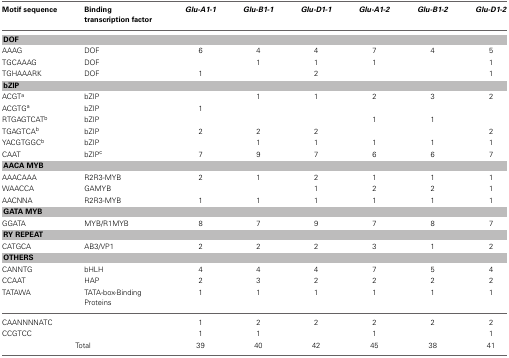
| Motif sequence | Binding transcription factor | Glu-A1-1 | Glu-B1-1 | Glu-D1-1 | Glu-A1-2 | Glu-B1-2 | Glu-D1-2 |
 | --- | --- | --- | --- | --- | --- | --- | --- |
 | <COLSPAN=8> DOF |
 | AAAG | DOF | 6 | 4 | 4 | 7 | 4 | 5 |
 | TGCAAAG | DOF |  | 1 | 1 | 1 |  | 1 |
 | TGHAAARK | DOF | 1 |  | 2 |  |  | 1 |
 | <COLSPAN=8> bZIP |
 | ACGTa | bZIP |  | 1 | 1 | 2 | 3 | 2 |
 | ACGTGa | bZIP | 1 |  |  |  |  |  |
 | RTGAGTCATb | bZIP |  |  |  | 1 | 1 |  |
 | TGAGTCAb | bZIP | 2 | 2 | 2 |  |  | 2 |
 | YACGTGGCb | bZIP |  | 1 | 1 | 1 | 1 | 1 |
 | CAAT | bZIPc | 7 | 9 | 7 | 6 | 6 | 7 |
 | <COLSPAN=8> AACA MYB |
 | AAACAAA | R2R3-MYB | 2 | 1 | 2 | 1 | 1 | 1 |
 | WAACCA | GAMYB |  |  | 1 | 2 | 2 | 1 |
 | AACNNA | R2R3-MYB | 1 | 1 | 1 | 1 | 1 | 1 |
 | <COLSPAN=8> GATA MYB |
 | GGATA | MYB/R1MYB | 8 | 7 | 9 | 7 | 8 | 7 |
 | <COLSPAN=8> RY REPEAT |
 | CATGCA | AB3/VP1 | 2 | 2 | 2 | 3 | 1 | 2 |
 | <COLSPAN=8> OTHERS |
 | CANNTG | bHLH | 4 | 4 | 4 | 7 | 5 | 4 |
 | CCAAT | HAP | 2 | 3 | 2 | 2 | 2 | 2 |
 | TATAWA | TATA-box-Binding Proteins | 1 | 1 | 1 | 1 | 1 | 1 |
 | CAANNNNATC |  | 1 | 2 | 2 | 2 | 2 | 2 |
 | CCGTCC |  | 1 | 1 |  | 1 |  | 1 |
 | <COLSPAN=2> Total | 39 | 40 | 42 | 45 | 38 | 41 |